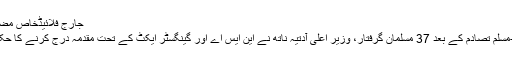
جارج فلائیڈخاص مضمون
دلت-مسلم تصادم کے بعد 37 مسلمان گرفتار، وزیر اعلی آدتیہ ناتھ نے این ایس اے اور گینگسٹر ایکٹ کے تحت مقدمہ درج کرنے کا حکم دیا